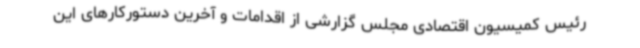
رئیس کمیسیون اقتصادی مجلس گزارشی از اقدامات و آخرین دستورکارهای این